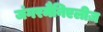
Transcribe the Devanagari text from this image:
जंगरमैनिएलीज़